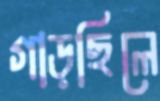
গাড়ছিলে